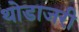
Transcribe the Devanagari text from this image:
थोडाजरी